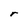
Character: r